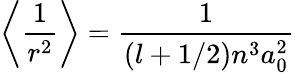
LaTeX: \left\langle{\frac{1}{r^{2}}}\right\rangle={\frac{1}{(l+1/2)n^{3}a_{0}^{2}}}